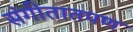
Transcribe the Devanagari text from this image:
संगीतातपण